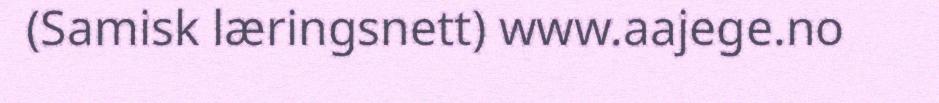
(Samisk læringsnett) www.aajege.no